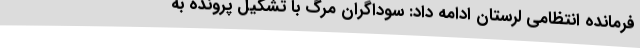
فرمانده انتظامی لرستان ادامه داد: سوداگران مرگ با تشکیل پرونده به